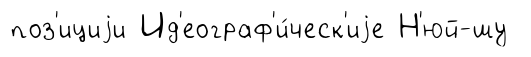
поз'ициjи Ид'еограф'и́ческ'иjе Н'юй-шу